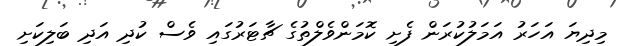
މިދިޔަ އަހަރު އަމަލުކުރަން ފެށި ކޮމަންވެލްތުގެ ޗާޓަރުގައި ވެސް ކުދި އަދި ބަލިކަށި